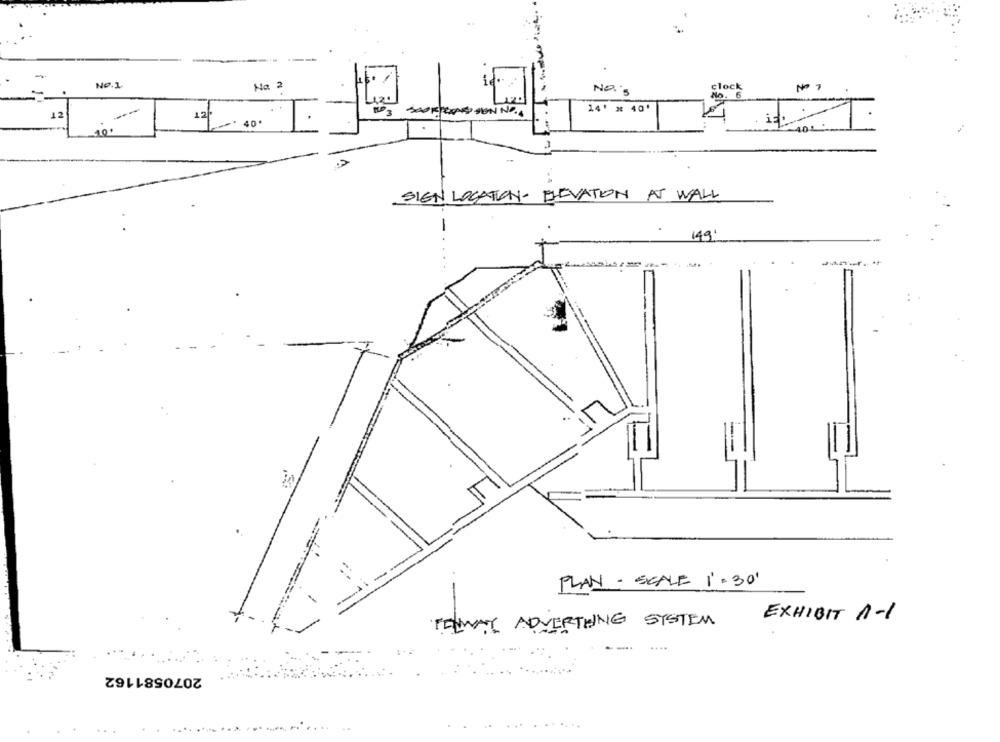
-
No.1.
Na 2
NO.'S
clock
Nº 7
No. 6
12.
MP 3
24' x 40'
12
. 40.
.4
SIGN LOCATION- ELEVATION AT WALL
149
PLAN - SCALE '= 30'
TOMAT ADVERTING SYSTEM
EXHIBIT 1-1
2070581162